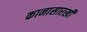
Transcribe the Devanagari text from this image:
कानासारखी